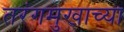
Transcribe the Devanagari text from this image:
तरंगमुखाच्या